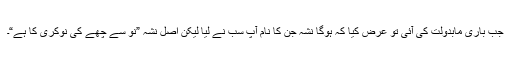
جب باری مابدولت کی آئی تو عرض کیا کہ ہوگا نشہ جن کا نام آپ سب نے لیا لیکن اصل نشہ ”نو سے چھے کی نوکری کا ہے“۔